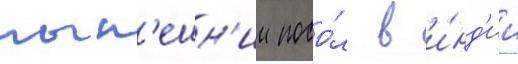
нын'ешн'ии посо́л в и́нд'ии